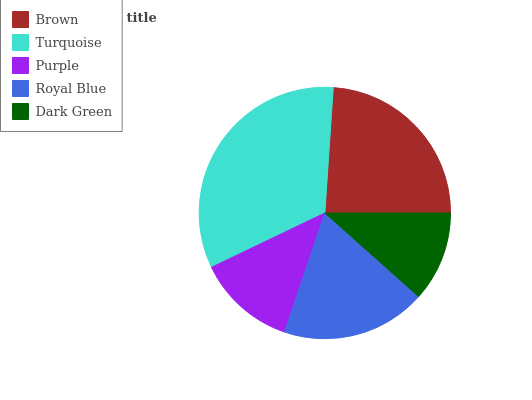
| Brown | Turquoise | Purple | Royal Blue | Dark Green |
 | --- | --- | --- | --- | --- |
 | 23.9% | 33.1% | 12.7% | 18.6% | 11.6% |